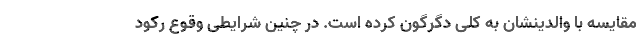
مقایسه با والدینشان به کلی دگرگون کرده است. در چنین شرایطی وقوع رکود